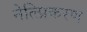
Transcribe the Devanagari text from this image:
नेत्त्प्रिकरण